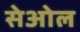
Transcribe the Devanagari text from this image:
सेओल